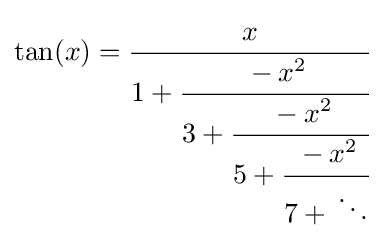
\tan(x)={\cfrac {x}{1+{\cfrac {-x^{2}}{3+{\cfrac {-x^{2}}{5+{\cfrac {-x^{2}}{7+{}\ddots }}}}}}}}